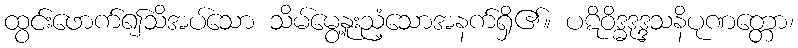
ထွင်းဖောက်၍သိအပ်သော သိမ်မွေ့နူးညံ့သောအနက်ရှိ၏။ ပဋိဝိဒ္ဓဒုဒ္ဒသနိပုဏတ္တော၊